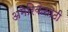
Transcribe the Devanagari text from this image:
अमेरिकेसाठी